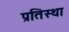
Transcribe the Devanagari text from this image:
प्रतिस्था